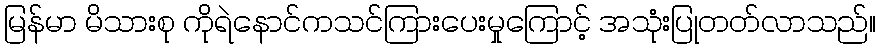
မြန်မာ မိသားစု ကိုရဲနောင်ကသင်ကြားပေးမှုကြောင့် အသုံးပြုတတ်လာသည်။